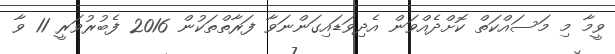
ވީމާ މި މަސައްކަތް ކޮށްދެއްވަން އެދިވަޑައިގަންނަވާ ފަރާތްތަކުން 2016 ފެބުރުވަރީ 11 ވާ